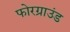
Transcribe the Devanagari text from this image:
फोरग्राउंड